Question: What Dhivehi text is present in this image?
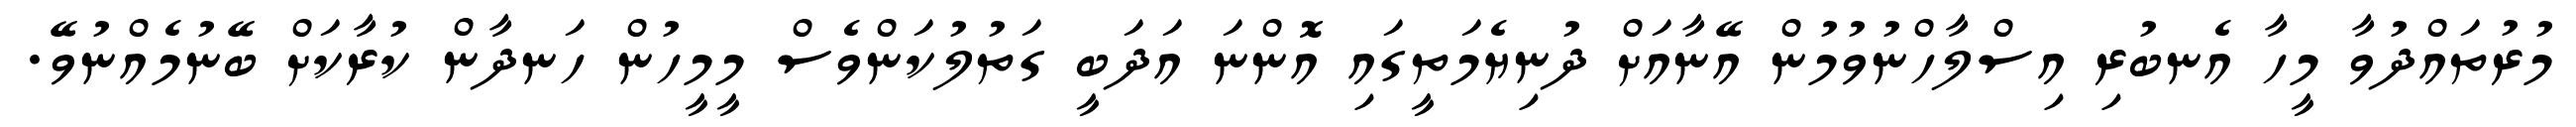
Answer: މުރުތައްދުވާ މީހާ އެނބުރި އިސްލާހްނުވުމުން އޭނާއަށް ދުނިޔެމަތީގައި އޮންނަ އަދަބީ ގަތުލުކަންވެސް މީމީހުން ހަނދާން ކުރާކަށް ބޭނުމެއްނުވޭ.